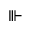
\Vvdash